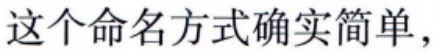
这个命名方式确实简单，